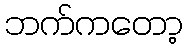
ဘက်ကတော့